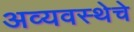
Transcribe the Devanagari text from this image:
अव्यवस्थेचे